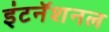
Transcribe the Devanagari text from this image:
इंटनॅशनल